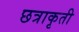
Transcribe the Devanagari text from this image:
छत्राकृती